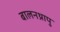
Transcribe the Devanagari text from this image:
बालनथ्रापु